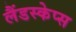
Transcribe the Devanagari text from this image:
लैंडस्केप्स